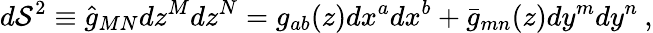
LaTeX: d\mathcal{S}^{2}\equiv\hat{{g}}_{MN}dz^{M}dz^{N}=g_{ab}(z)dx^{a}dx^{b}+\bar{{g}}_{mn}(z)dy^{m}dy^{n}\: ,